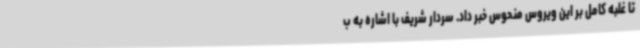
تا غلبه کامل بر این ویروس منحوس خبر داد. سردار شریف با اشاره به ب